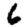
Digit: 6